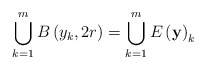
\begin{align*}\bigcup_{k=1}^{m}B\left( y_{k},2r\right) =\bigcup_{k=1}^{m}E\left( \mathbf{y}\right) _{k} \end{align*}